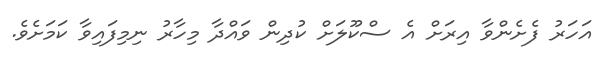
އަހަރު ފެށެންވާ އިރަށް އެ ސްކޫލަށް ކުދިން ވައްދާ މިހާރު ނިމިފައިވާ ކަމަށެވެ.